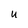
Character: U